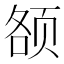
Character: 𱂥